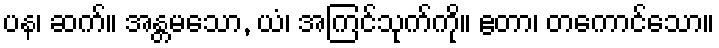
ပန၊ ဆက်။ အန္တမသော, ယံ၊ အကြင်သုက်ကို။ ဧတာ၊ တကောင်သော။